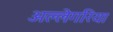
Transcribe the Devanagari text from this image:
अल्लेगरिया